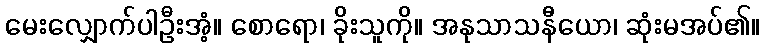
မေးလျှောက်ပါဦးအံ့။ စောရော၊ ခိုးသူကို။ အနုသာသနီယော၊ ဆုံးမအပ်၏။